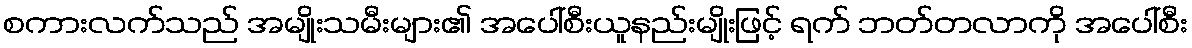
စကားလက်သည် အမျိုးသမီးများ၏ အပေါ်စီးယူနည်းမျိုးဖြင့် ရက် ဘတ်တလာကို အပေါ်စီး